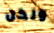
ولكن